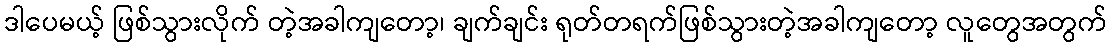
ဒါပေမယ့် ဖြစ်သွားလိုက် တဲ့အခါကျတော့၊ ချက်ချင်း ရုတ်တရက်ဖြစ်သွားတဲ့အခါကျတော့ လူတွေအတွက်